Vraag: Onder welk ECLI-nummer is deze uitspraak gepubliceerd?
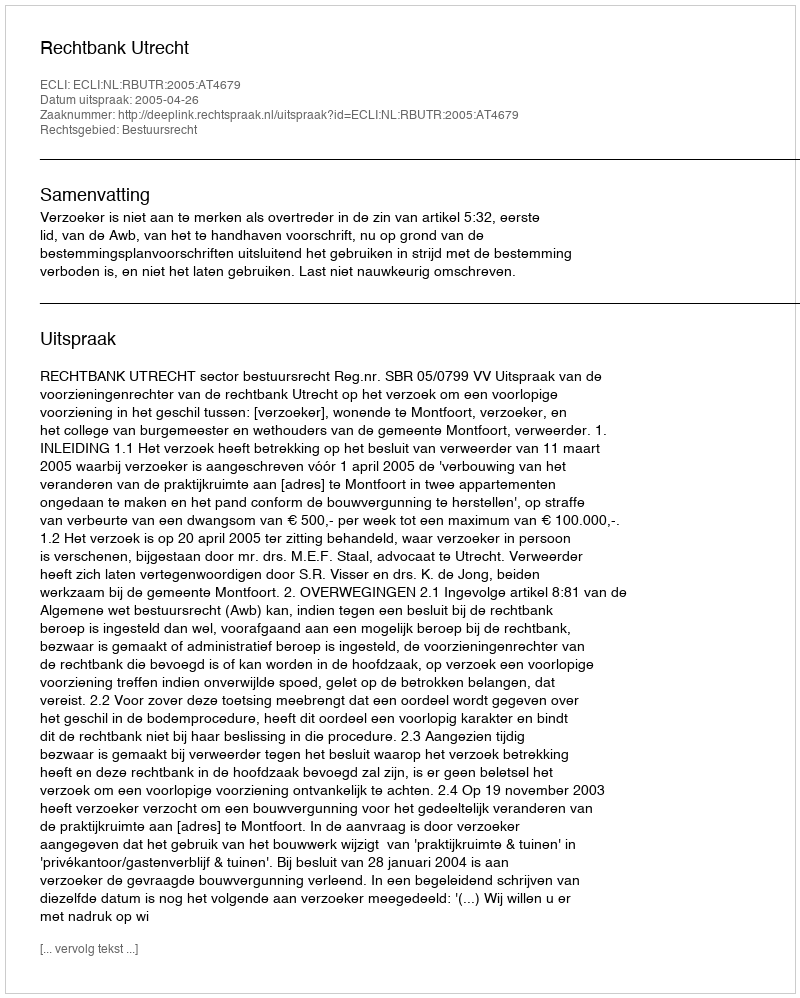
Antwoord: ECLI:NL:RBUTR:2005:AT4679